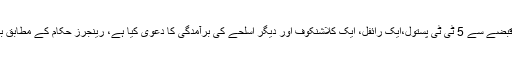
دوسری جانب رینجرز نے گلشن اقبال سے 4 ٹارگٹ کلرز اور ایک بھتہ خور گرفتار کرکے ان کے قبضے سے 5 ٹی ٹی پستول،ایک رائفل، ایک کلاشنکوف اور دیگر اسلحے کی برآمدگی کا دعوی کیا ہے، رینجرز حکام کے مطابق بھتہ خور کا تعلق جرائم پیشہ افراد کے گروہ جبکہ ٹارگٹ کلرز کا تعلق ایک سیاسی جماعت سے ہے۔